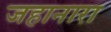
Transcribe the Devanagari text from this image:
जहानारा